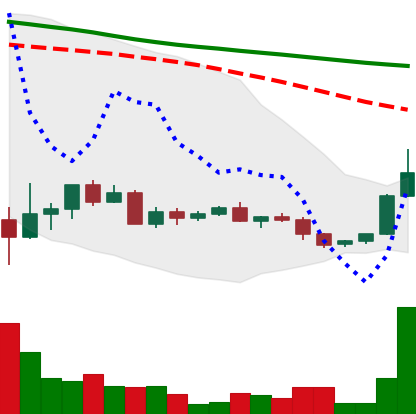
Ticker: ADA-USD
Chart end date: 2022-05-31
Forward return: -9.302%
Label: down_7plus